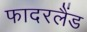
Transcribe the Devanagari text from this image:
फादरलैंड